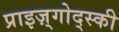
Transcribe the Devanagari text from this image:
प्राइज़्गोद्स्की